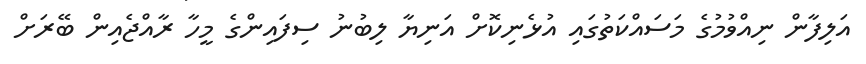
އަލިފާން ނިއްވުމުގެ މަސައްކަތުގައި އުޅެނިކޮށް އަނިޔާ ލިބުނު ސިފައިންގެ މީހާ ރާއްޖެއިން ބޭރަށް